Leaving Certificate Examination (including Day School Certificate (Higher) General paper), 1926
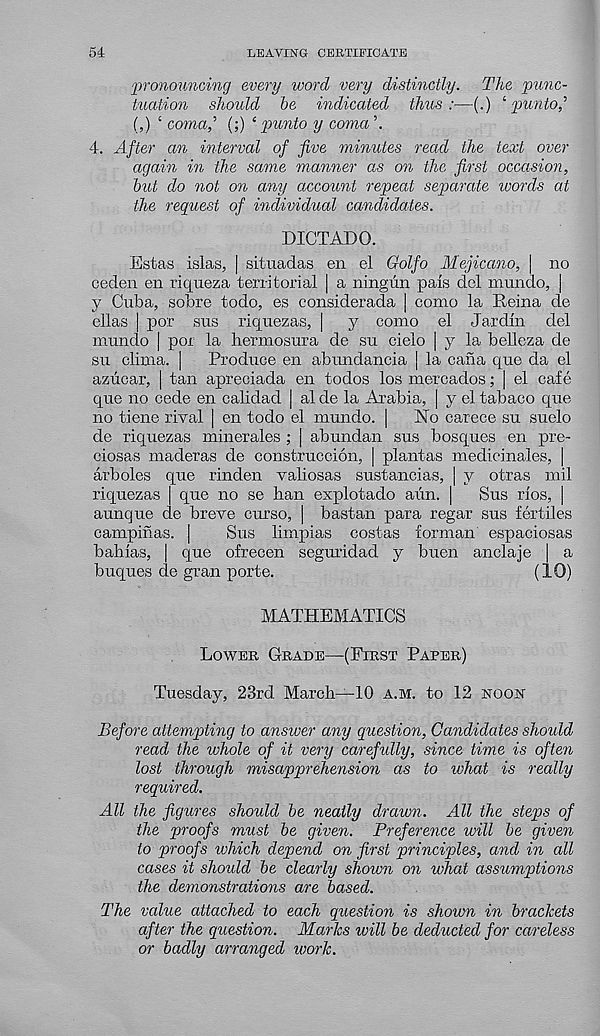
54
LEAVING CERTIFICATE
pronouncing every word very distinctly. The punc-
tuation should be indicated thus:—(.) ' punto,’’
(,) ‘ coma,’’ (;) ‘punto y coma'.
4. After an interval of five minutes read the text over
again in the same manner as on the first occasion,
but do not on any account repeal separate words at
the request of individual candidates.
DICTADO.
Estas islas, | situadas en el Golfo Mejicano, \ no
ceden en riqueza territorial | a ningun pais del mundo, |
y Cuba, sobre todo, es eonsiderada | como la Iteina de
ellas | por sus riquezas, |
y como el Jar din del
mundo | por la hermosura de su cielo | y la belleza de
su clima. |
Produce en abundancia | la cana que da el
azucar, | tan apreciada en todos los mercados; | el cafe
que no cede en calidad | al de la Arabia, | y el tabaco que
no tiene rival | en todo el mundo. |
No carece su suelo
de riquezas minerales ; | abundan sus bosques en pre-
ciosas maderas de construccion, | plantas medicinales, |
arboles que rinden valiosas sustancias, | y otras mil
riquezas que no se ban explotado aun. |
Sus rios, |
aunque de breve curso, | bastan para regar sus fertiles
campinas. |
Sus limpias costas forman espaciosas
bahias, | que ofrecen seguridad y buen anclaje | a
buques de gran porte.
(10)
MATHEMATICS
Lower Grade—(First Paper)
Tuesday, 23rd March—10 a.m. to 12 noon
Before attempting to answer any question, Candidates should
read the whole of it very carefully, since time is often
lost through misapprehension as to what is really
required.
All the figures should be neatly drawn. All the steps of
the proofs must be given. Preference will be given
to proofs which depend on first principles, and in all
cases it should be clearly shown on what assumptions
the demonstrations are based.
The value attached to each question is shown in brackets
after the question. Marks ivill be deducted for careless
or badly arranged work.